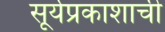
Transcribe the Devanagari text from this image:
सूर्यप्रकाशाची